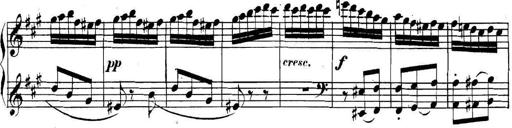
Title: Collected Piano Sonatas
Composer: Muzio Clementi